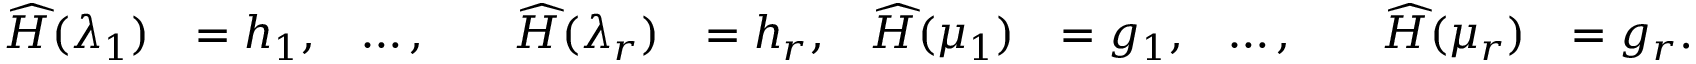
\begin{array} { r l r l r l r l r l r l } { \ensuremath { \skew 4 \widehat { H } } ( \lambda _ { 1 } ) } & { = h _ { 1 } , } & { \ldots , } & { } & { \ensuremath { \skew 4 \widehat { H } } ( \lambda _ { r } ) } & { = h _ { r } , } & { \ensuremath { \skew 4 \widehat { H } } ( \mu _ { 1 } ) } & { = g _ { 1 } , } & { \ldots , } & { } & { \ensuremath { \skew 4 \widehat { H } } ( \mu _ { r } ) } & { = g _ { r } . } \end{array}